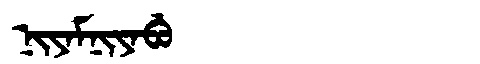
Manchu: ᠨᡳᠶᠠᠮᠨᡳᠶᠠᠪᡠ
Romanization: NIYAMNIYABU